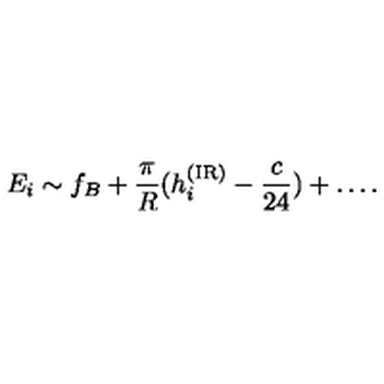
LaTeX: E _ { i } \sim f _ { B } + \frac \pi R ( h _ { i } ^ { \mathrm { \tiny ( I R ) } } - \frac c { 2 4 } ) + \ldots .